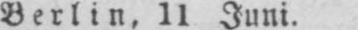
Berlin, 11 Juni.